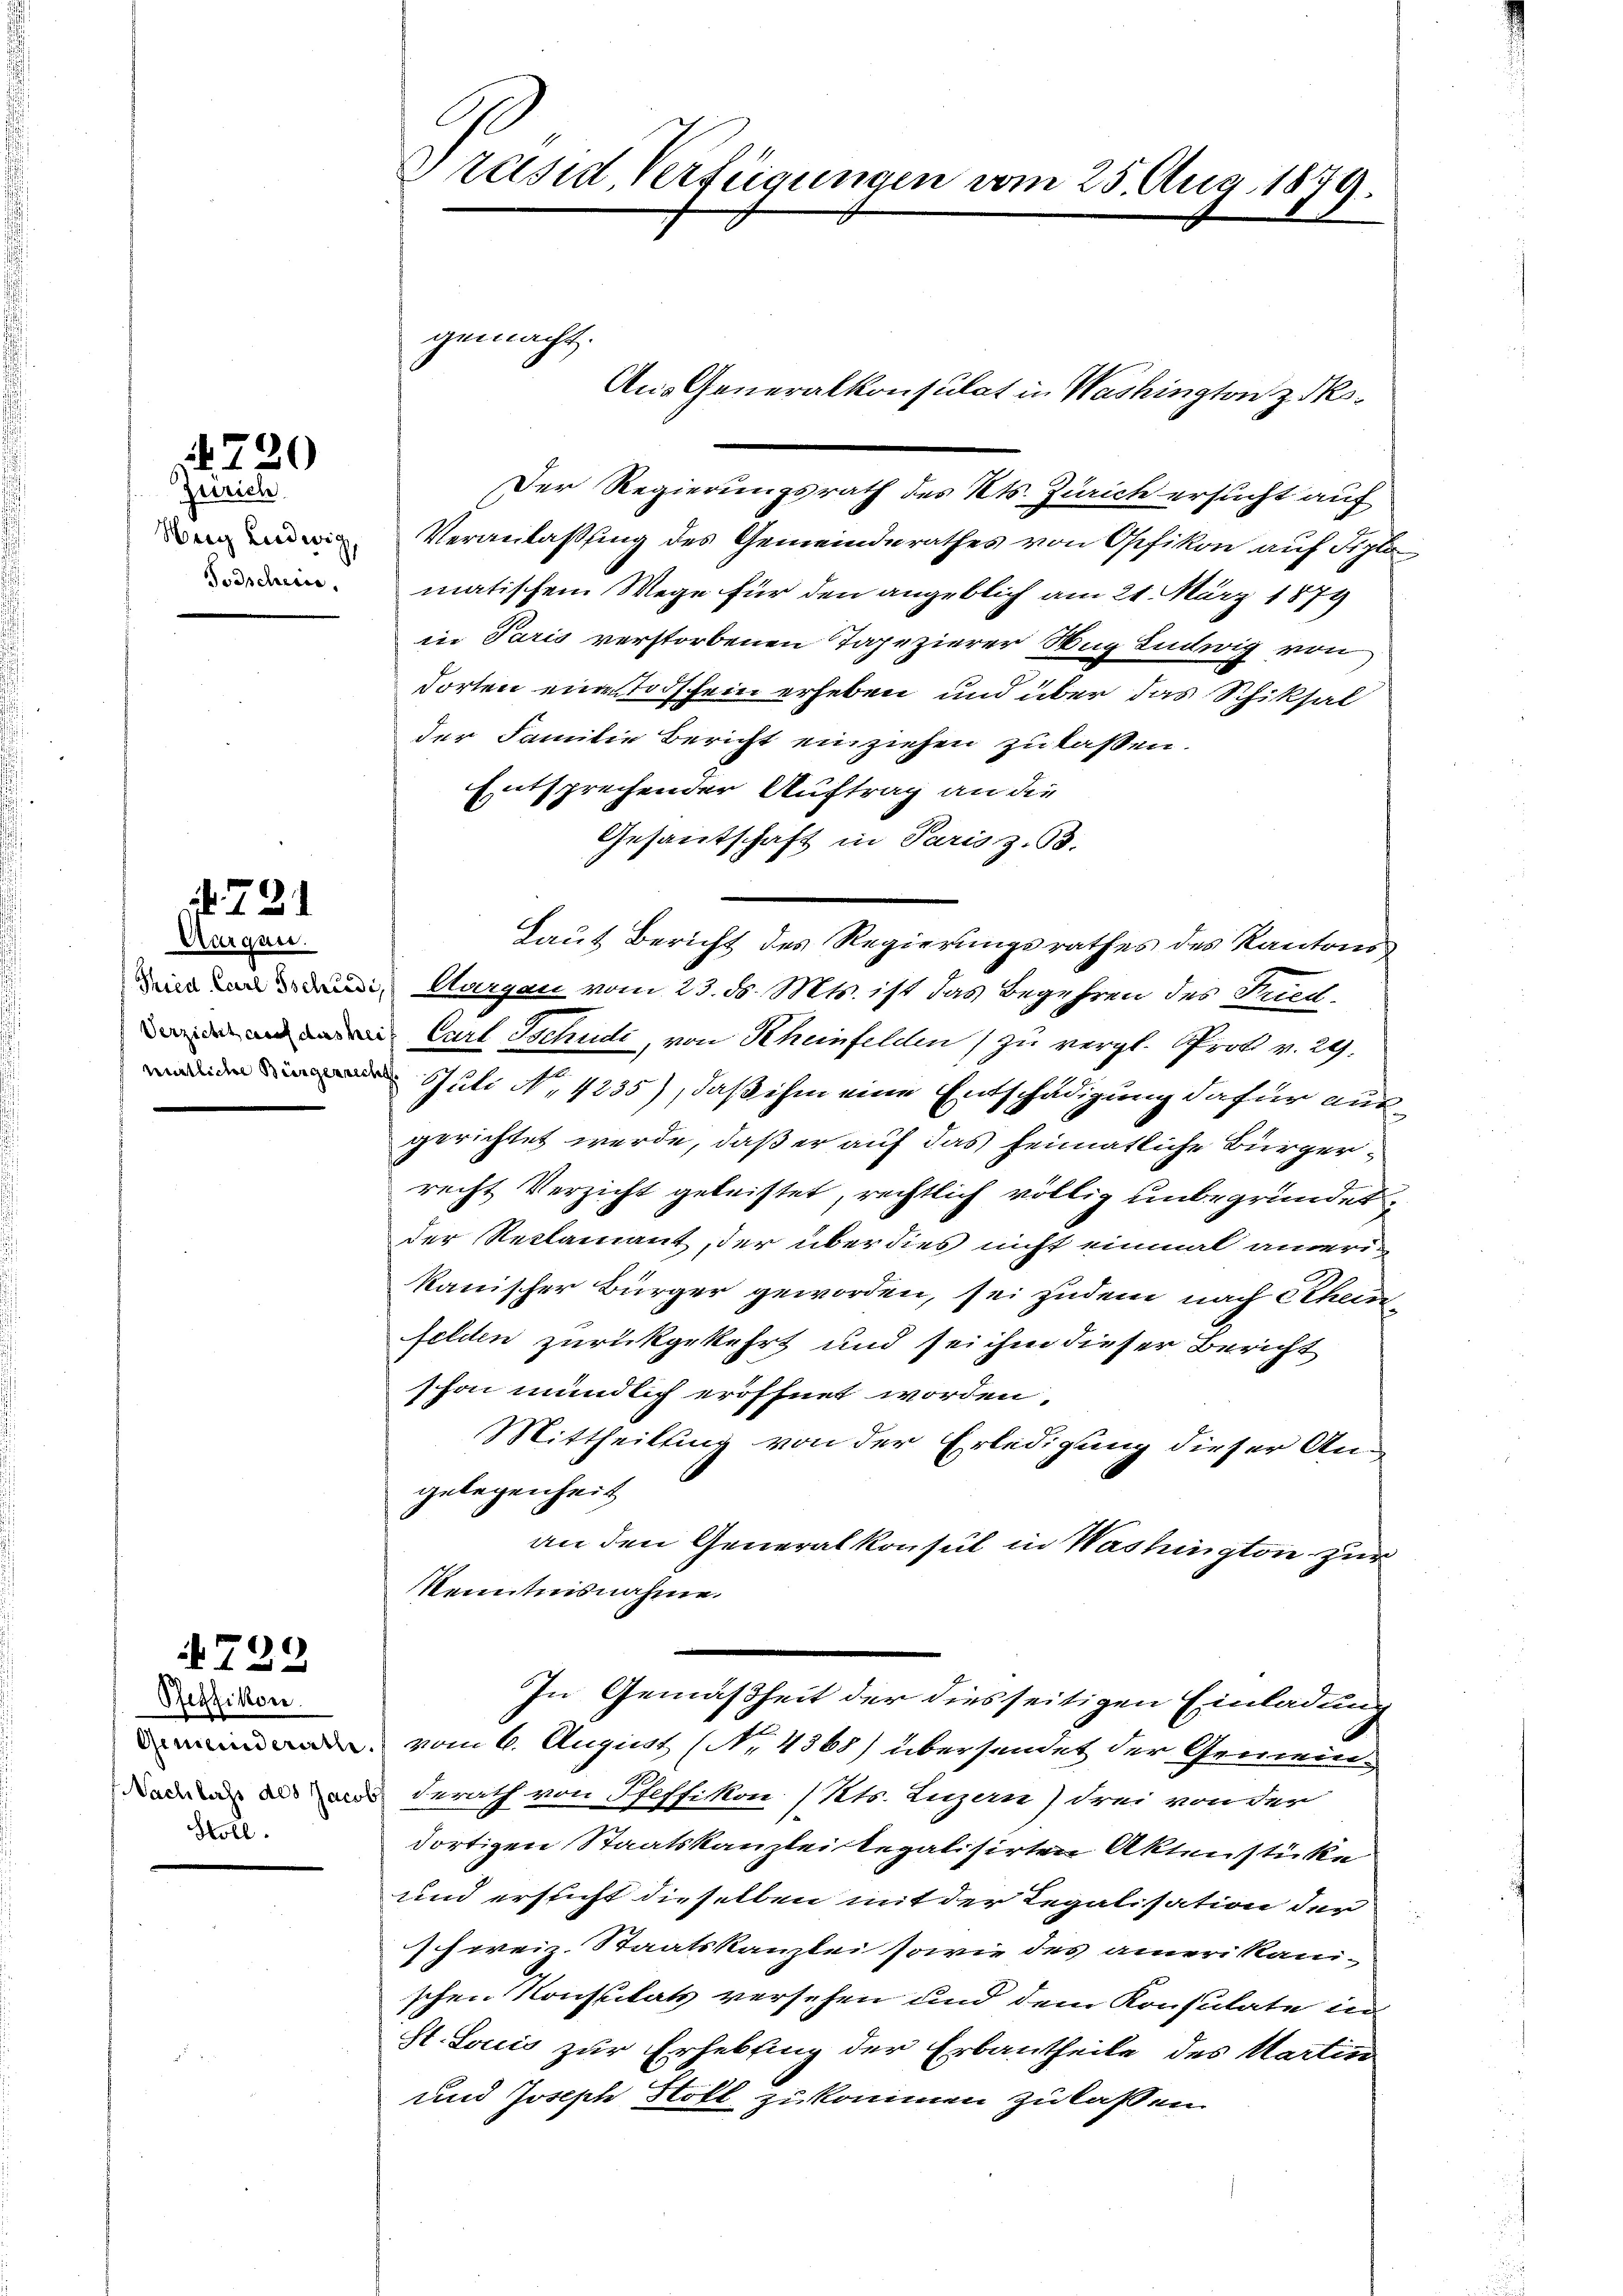
Zürich
Her Ludwig,
Todschein.

220

2

Aargau.
Thied Carl Tschiede
Verzicht auf das he
mittliche Bürgerrech

729

Pfeffikon
Gemeinderathe.
NNachbergs des Jacot
Holl.

Präsid Verfügungen vom 25 Aug. 1879.

Veranlaßung des Gemeinderathes von Opfikon auf diplomatischem Wege für den angeblich am 21. März 1879
in Paris verstorbenen Tapezierer Wag Ludwig von
dorten eine Todschein erheben und über das Schiksal
der Familie Bericht einziehen zu lassen.
Entsprechender Auftrag an die
Gesantschaft in Paris z. B.
Aargau vom 23. ds. Mts. ist das Begehren des Fried
Carl Tschude, von Scheinfelden) zu vergl. Prot v. 29.
Juli No 4235), daß ihm eine Entschädigung dafür ausgerichtet werde, daß er auf das heimatliche Bürgerrecht Verzicht geleistet, rechtlich völlig unbegründet
der Reclamant, der über dies nicht einmal ameri-
kanischer Bürger geworden, sei zudem nach Scheinfelden zurückgekehrt und sei ihm dieser Bericht
schon mündlich eröffnet worden.
Mittheilung von der Erledigung dieser An-
gelegenheit
an den Generalkonsul in Washington zur
Kenntnisnahme.
In Gemäßheit der diesseitigen Einladung
vom 6. August (No. 4368) übersendet der Gemeinderath von Pfeffikon (Kts. Luzern) drei von der
dortigen Staatskanzlei Regalisirten Aktenstücke
und ersticht dieselben mit der Regalisation der
Schweiz. Staatskanzlei sowie des amerikanischen Konsulats versehen und dem Konsulate in
St. Louis zur Erhebling der Erbautheile des Martin
und Joseph Stoll zu kommen zu lassen.

gemacht.

Aus Generalkonsulat in Washington zis¬

Der Regierungsrath des Kts. Zürich ersucht auf

Laut Bericht des Regierungsrathes des Kantons